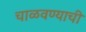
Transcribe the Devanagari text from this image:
चाळवण्याची